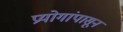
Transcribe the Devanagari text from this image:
प्रयोगांपासून